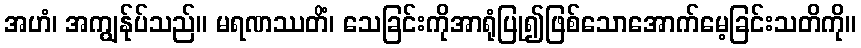
အဟံ၊ အကျွန်ုပ်သည်။ မရဏဿတိံ၊ သေခြင်းကိုအာရုံပြု၍ဖြစ်သောအောက်မေ့ခြင်းသတိကို။